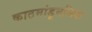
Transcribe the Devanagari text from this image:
काठमांडूनजिक